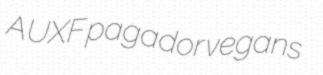
AUXF pagador vegans